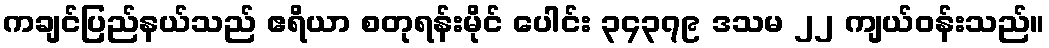
ကချင်ပြည်နယ်သည် ဧရိယာ စတုရန်းမိုင် ပေါင်း ၃၄၃၇၉ ဒသမ ၂၂ ကျယ်ဝန်းသည်။